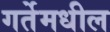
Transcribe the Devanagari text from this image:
गर्तेमधील